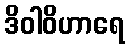
ဒိဝါဝိဟာရေ